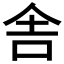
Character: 舎